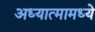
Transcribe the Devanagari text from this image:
अध्यात्मामध्ये